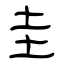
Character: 圭